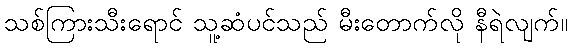
သစ်ကြားသီးရောင် သူ့ဆံပင်သည် မီးတောက်လို နီရဲလျက်။